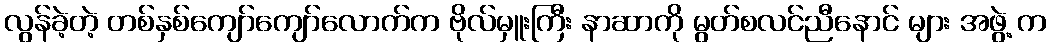
လွန်ခဲ့တဲ့ တစ်နှစ်ကျော်ကျော်လောက်က ဗိုလ်မှူးကြီး နာဆာကို မွတ်စလင်ညီနောင် များ အဖွဲ့ က